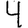
Digit: 4